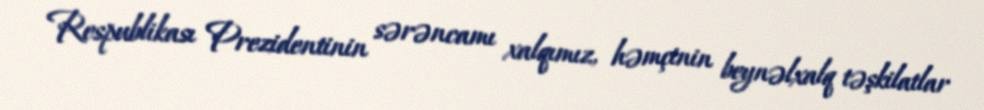
Respublikası Prezidentinin sərəncamı xalqımız, həmçinin beynəlxalq təşkilatlar